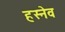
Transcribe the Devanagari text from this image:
हस्नेव